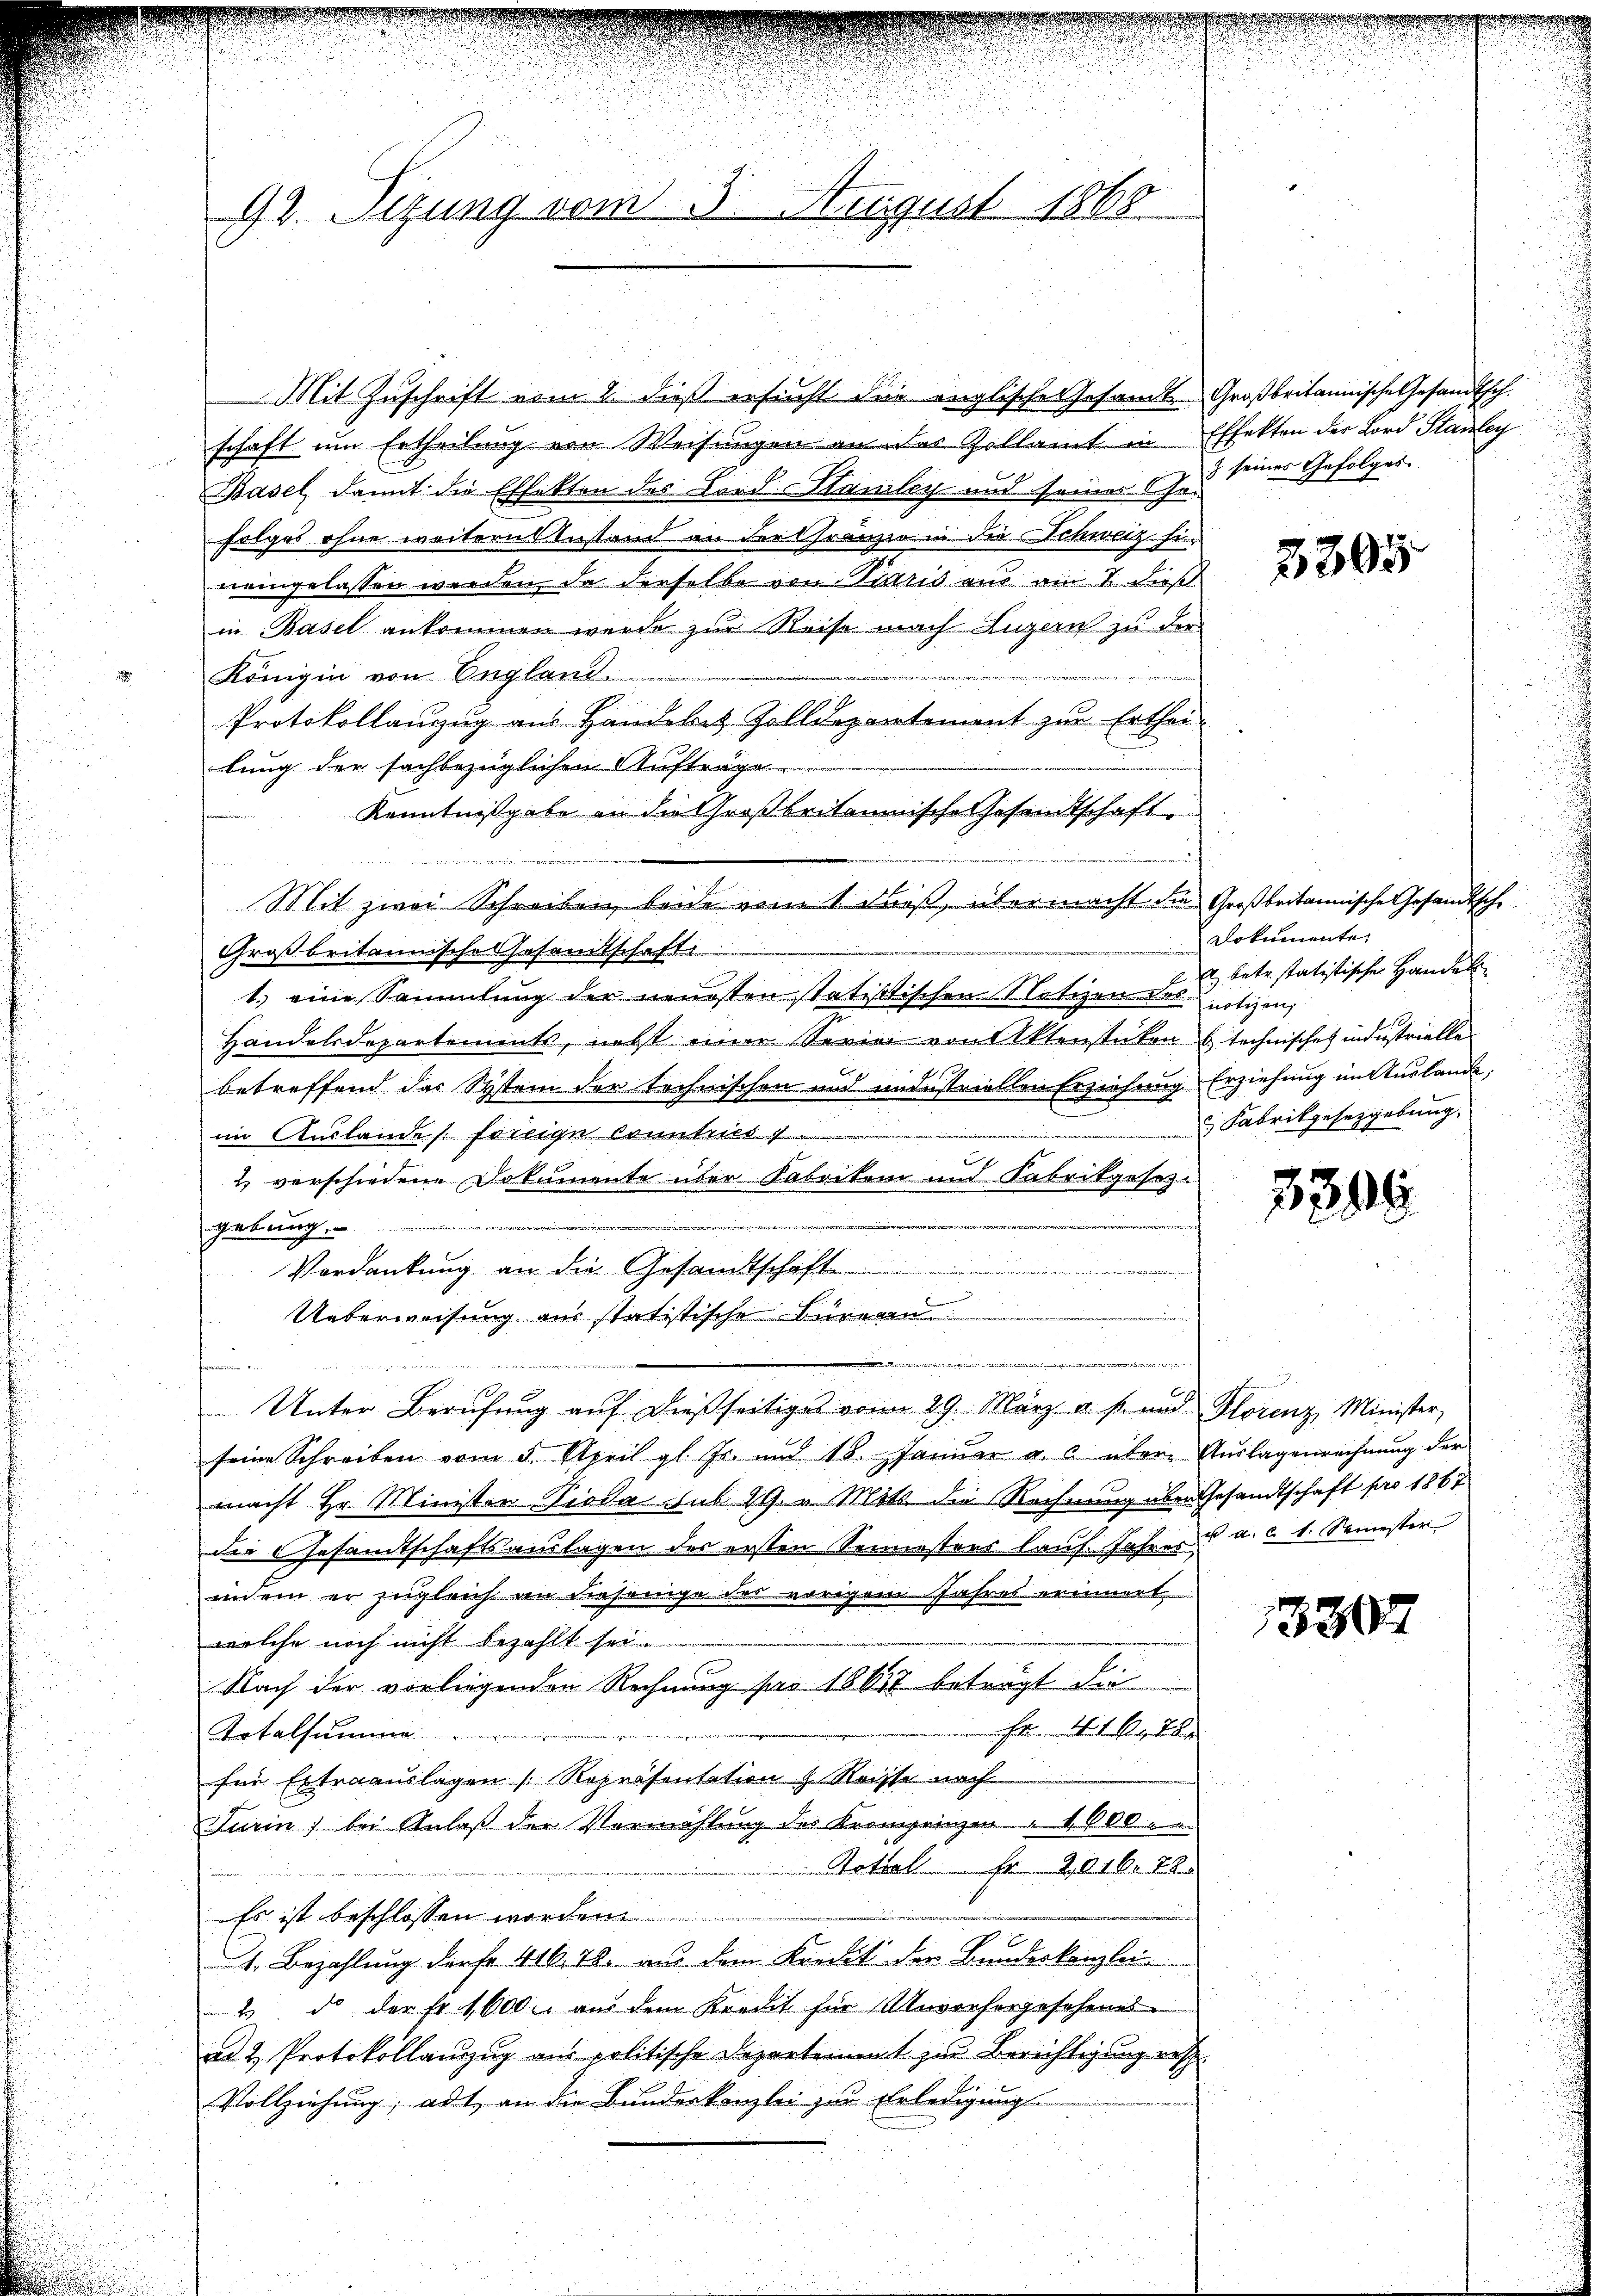
92. Sitzung vom 5. August 1868

Mit Zuschrift vom 2. dieß ersucht die englische Gesamt-Großbritannische Gesandtsch.
schaft um Ertheilung von Weisungen an das Zollamt in Effekten der Bord Stanley
Basel, damit die Effekten des Bord Samley und seiner 5 Jes seines Gefolger
folges ohne weitern Zustand an der Franzen in die Schweiz fineingelassen werden, da derselbe von Girs aus am 1. Fuß
in Basel ankommen wurde zur Reise nach Luzern zu der
Königin von England.
Protokollauszug aus Handelt Zolldepartement zur Erthei-
lung der sachbezüglichen Aufträge.
Kenntnißgabe an die Großbritannische Gesandtschaft,
u
.
Mit zwei Schreiben beide vom 1 Fuß, übermacht die Großbritannische Gesandtsche
Großbritannische Gesandtschaft
1.) eine Sammlung der neuesten statistischen Notizen Los notizen,
Handelsdepartements, nebst einer Serie von Aktenstücken technisches industrielle
betreffend das Systein der technischen und undustriellen Erziehung
im Auslandes freige konnteres
.
2 verschiedene Dokumente über Fabriken und Fabrikgesez¬
II, XXX
gebung.
Verdankung an die Gesandtschaft
.
Ueberweisung aus statistische Burea
32. betr. der andere des er anden 200. bin
d
Unter Berufung aŭf dießseitiges vom 29. März u. s. und Florenz, Minister,
seine Schreiben vom 5. April gl. Fr. und 18. Janŭar a. über Aŭslagenrechnŭng der
macht Hr. Minister Sieda sub 29. v. Mits die Rechnung über Gesandtschaft pro 1867
die Gesamtschaftsauslagen des ersten Semesters lauf Jahres u a. c. 1. Semester
inem er zugleich an diejenige der vorigem Jahres erinnert
welche noch nicht bezahlt sei.
Nach der vorliegenden Rechnung pro 18637 beträgt die
Her Not
Totalsumme
für Extraauslagen Repräsentation & Reisse nach
Turin, bei Anlaß der Vermählung des Kronprinzen 4000.
Total fr 2016. 78
Es ist beschlossen worden.
1. Bezahlung der fr 416,78. aus dem Kredit der Bundeskanzlei
2 do der Fr. 1600. aus dem Kredit für Anverhergesehenes
nn & Protokollanzzug aus politische Departement zu Berichtigung resp.
Vollziehung; adt, an die Bundeskanzlei zur Erledigung

3395

Dokumente.
A. betr. statistische Handel
Erziehung in Auslande,
 Fabrikgesezgebung,

3309

15307